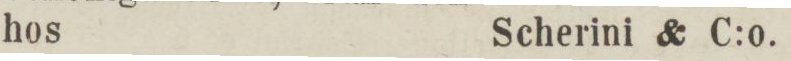
hos    Scherini & C:o.